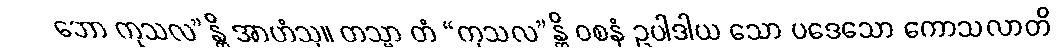
ဘော ကုသလ”န္တိ အာဟံသု။ တသ္မာ တံ “ကုသလ”န္တိ ဝစနံ ဥပါဒါယ သော ပဒေသော ကောသလာတိ